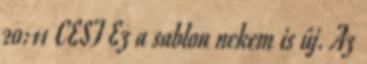
20:11 CEST Ez a sablon nekem is új. Az